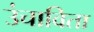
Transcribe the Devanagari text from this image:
उंचाविता